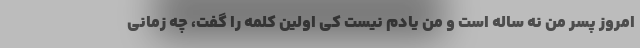
امروز پسر من نه ساله است و من یادم نیست کی اولین کلمه را گفت، چه زمانی